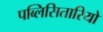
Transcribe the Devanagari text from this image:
पब्लिसितारियो